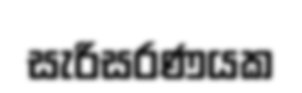
සැරිසරණයක